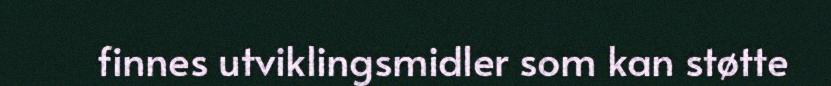
finnes utviklingsmidler som kan støtte